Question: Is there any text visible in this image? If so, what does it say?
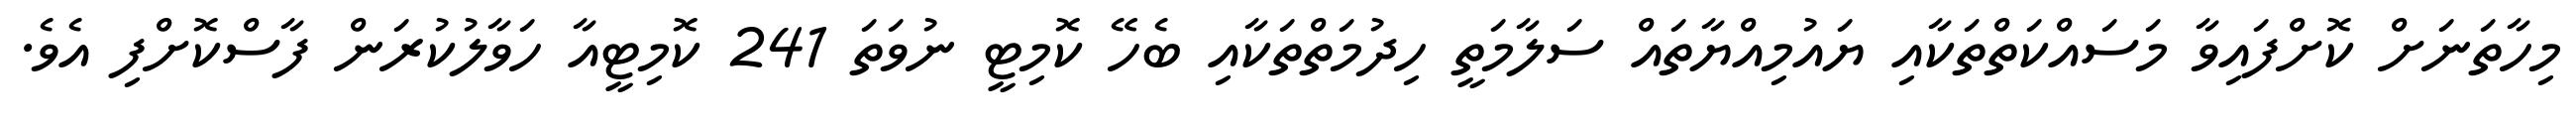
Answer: މިހާތަނަށް ކޮށްފައިވާ މަސައްކަތްތަކާއި ޔައުމިއްޔާތައް ސަލާމަތީ ހިދުމަތްތަކާއި ބެހޭ ކޮމިޓީ ނުވަތަ 241 ކޮމިޓީއާ ހަވާލުކުރަން ފާސްކޮށްފި އެވެ.